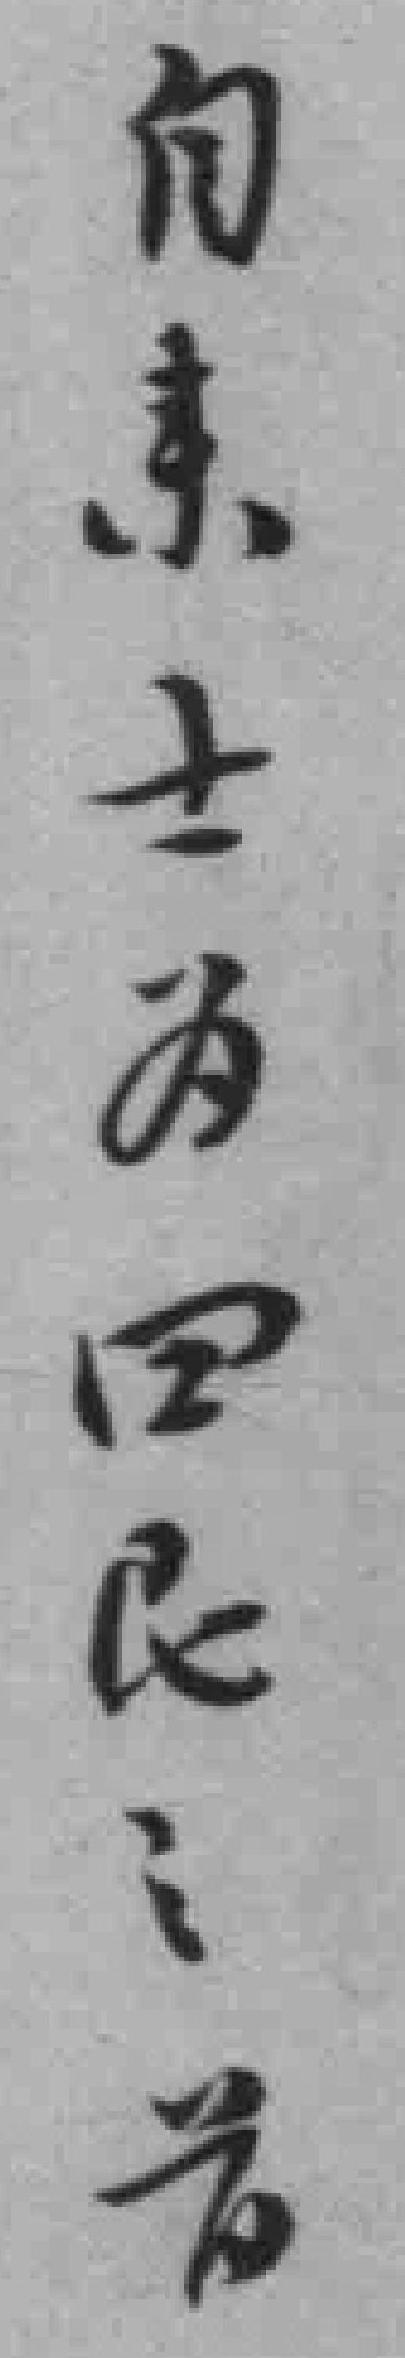
自来士为四民之首